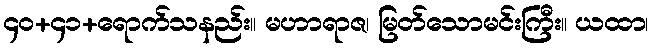
၄၀+၄၁+ရောက်သနည်း။ မဟာရာဇ၊ မြတ်သောမင်းကြီး။ ယထာ၊